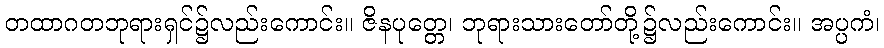
တထာဂတဘုရားရှင်၌လည်းကောင်း။ ဇိနပုတ္တေ၊ ဘုရားသားတော်တို့၌လည်းကောင်း။ အပ္ပကံ၊